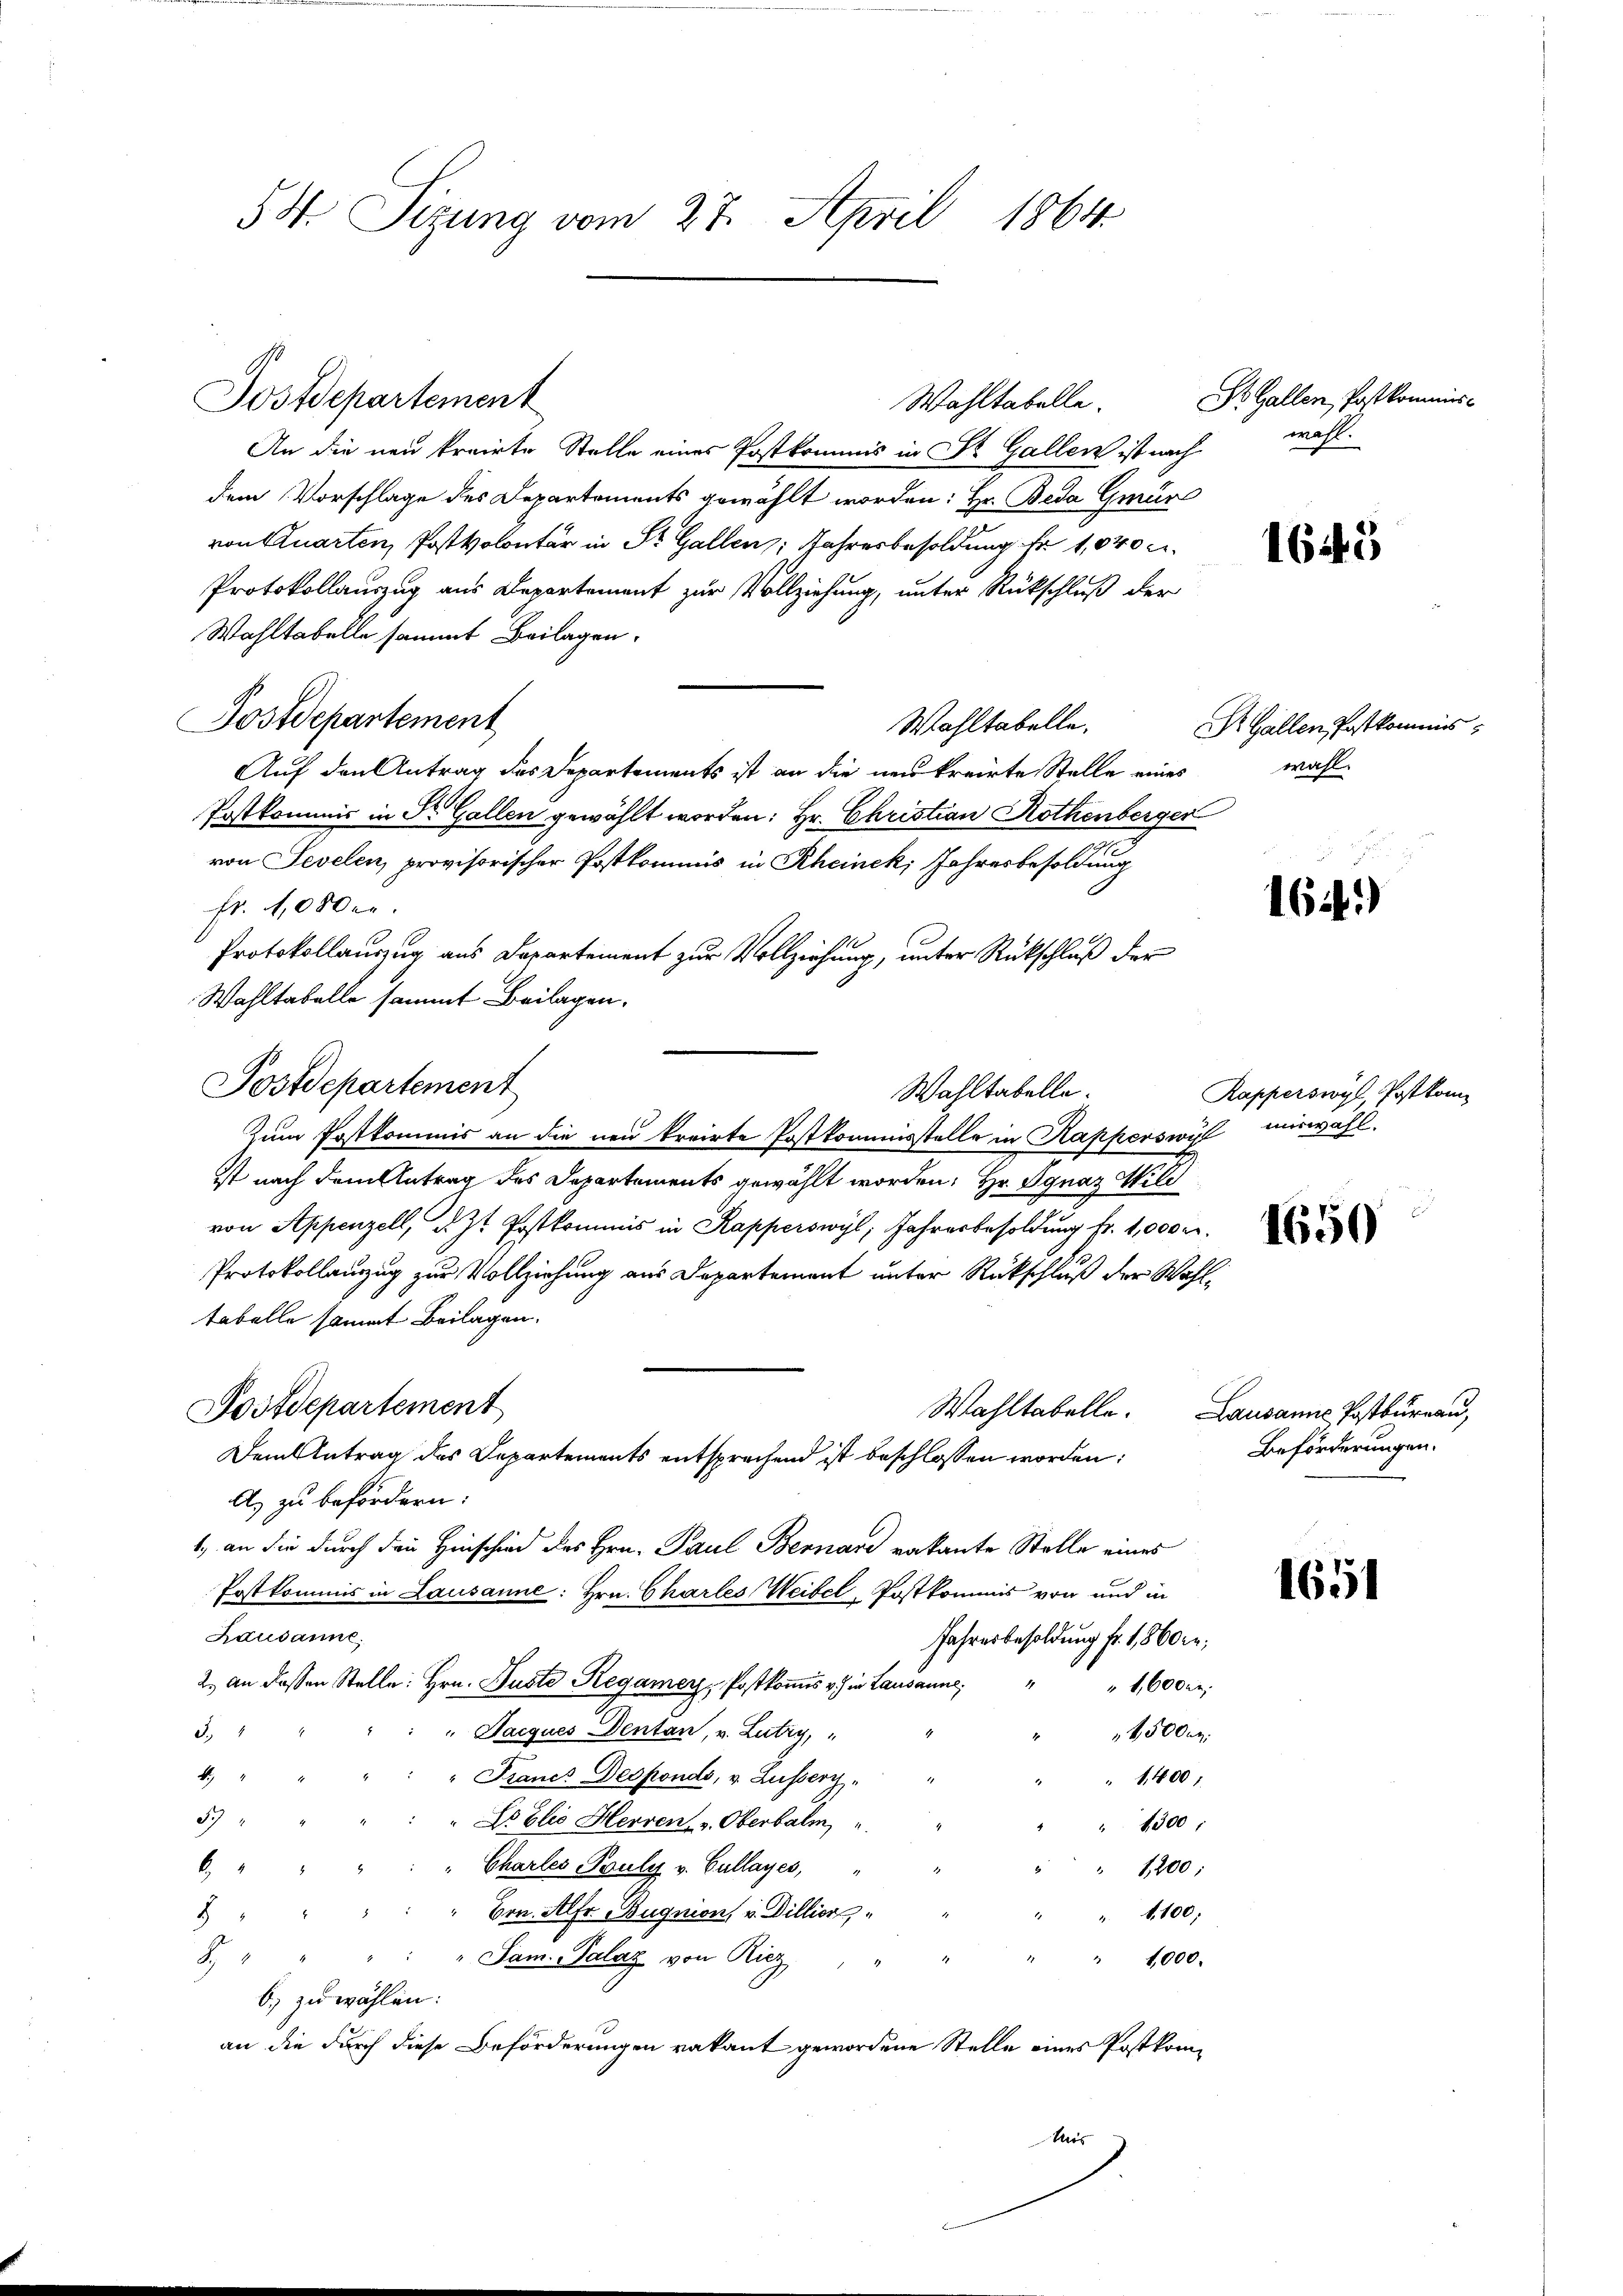
54. Sizung vom 27. April 1864.

An die neu kreirte Stelle eines Postkommis in St. Gallen ist nach
dem Vorschlage des Departements gewählt worden: Hr. Beda Gmür
von Quarten, Post volontär in St. Gallen Jahresbesoldung fr. 1040 u.
Protokollauszug aus Departement zur Vollziehung, unter Rückschluß der
Wahltabelle sammt Beilagen.
Postdepartement
Wahltabelle.
Auf den Antrag des Departements ist an die neukreirte Stelle eines wahl
Postkommis in Dr. Gallen gewählt worden: Hr. Christian Rothenberger
von Sevelen, provisorischer Postkommis in Rheinek, Jahresbesoldung
fr. 1,000 er
Protokollauszug aus Departement zur Vollziehung, unter Rückschluß der
Wahltabelle sammt Beilagen.
Zum Postkommis an die neu kreirte Postkommisstelle in Kapperswyl mirwahl.
ist nach dem Antrag des Departements gewählt worden; Hr. Ignaz Wild
von Appenzell, d. Zt. Postkommis in Kapperswyl, Jahresbesoldung fr. 1,000 M.
Protokollenzug zur Vollziehung aus Departement unter Rückschluß der Wahltabelle sammt Beilagen.
Postdepartement
Wahltabelle. Lausanne Postbureau,
Dem Antrag des Departements entsprechend ist beschlossen worden:
A. zu befördern:
1., an die durch den Hinschied des Hrn. Paul Bernare vakante Stelle eines
Postkommis in Lausanne: Hrn. Charles Weibel, Postkommis von und in
Lausanne,
Jahresbesoldung fr. 1860 er
2. an dessen Stelle: Hrn. Puste Regamerz, Postkomis v. in Lausanne;
1,600 r.
S. 4
" Jacques Dentan, v. Lutry,
4,500 r.
1
" Francs Desponds, v. Lusserz
1,400;
S7
Loblie Herren v. Oberbalm
" 4300:
6
Chartes Pauly v. Cullayes,
" 1200;
Brn. Alfr. Bugnion v. Dillier
 1,100;
8
"Sam. Palaz von Ricz
.
" 1000.
b) zu wählen:
an die durch diese Beförderungen vakant gewordene Stelle eines Postkom¬
Mis

Postdepartement

Postdepartement

Wahltabelle.

Wahltabelle.

St. Gallen, Postkommiswahl.

1645

H Gallen Postkommis

164)

Rapperswyl Postkom

1650

Beförderungen.

1651